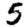
Digit: 5